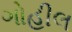
ગોહીલ